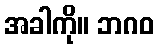
အခါကို။ ဘဂဝ